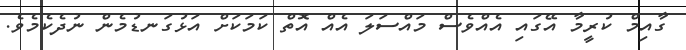
ގާއިމް ކުރީމާ އޭގައި އެއްވެސް މައްސަލަ އެއް އޮތް ކަމަކަށް އަޅުގަނޑުމެން ނުދެކެމެވެ.